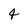
Character: 4